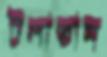
টলাতাম